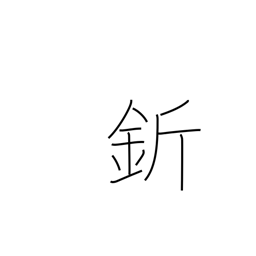
Meaning: adze